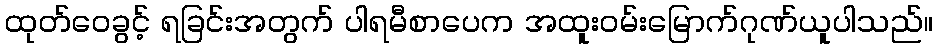
ထုတ်ဝေခွင့် ရခြင်းအတွက် ပါရမီစာပေက အထူးဝမ်းမြောက်ဂုဏ်ယူပါသည်။